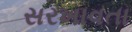
સરખાવતા